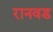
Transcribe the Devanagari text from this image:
रानवड